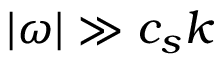
| \omega | \gg c _ { s } k